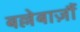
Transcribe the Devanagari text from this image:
बल्लेबाज़ौं